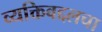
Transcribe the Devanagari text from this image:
व्यक्तिबद्दलचा